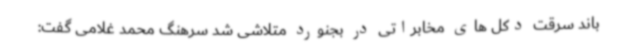
باند سرقت دکل های مخابراتی در بجنورد متلاشی شد سرهنگ محمد غلامی گفت: